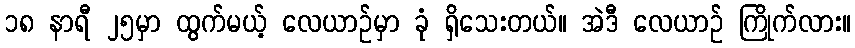
၁၈ နာရီ ၂၅မှာ ထွက်မယ့် လေယာဉ်မှာ ခုံ ရှိသေးတယ်။ အဲဒီ လေယာဉ် ကြိုက်လား။